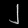
Digit: ၂